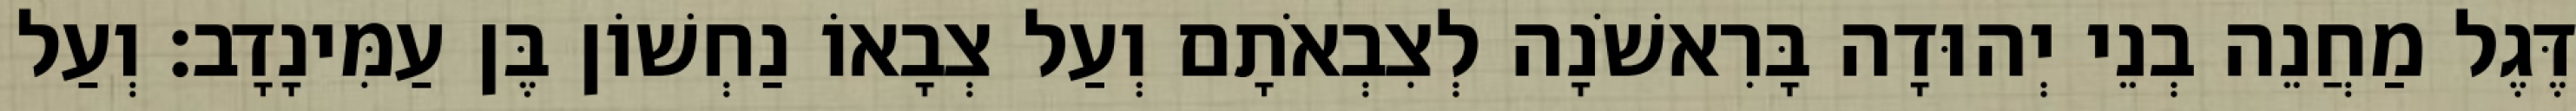
דֶּגֶל מַחֲנֵה בְנֵי יְהוּדָה בָּרִאשֹׁנָה לְצִבְאֹתָם וְעַל צְבָאוֹ נַחְשׁוֹן בֶּן עַמִּינָדָב׃ וְעַל